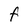
Character: F